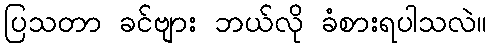
ပြသတာ ခင်ဗျား ဘယ်လို ခံစားရပါသလဲ။